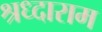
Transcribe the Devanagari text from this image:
श्रध्दाराम